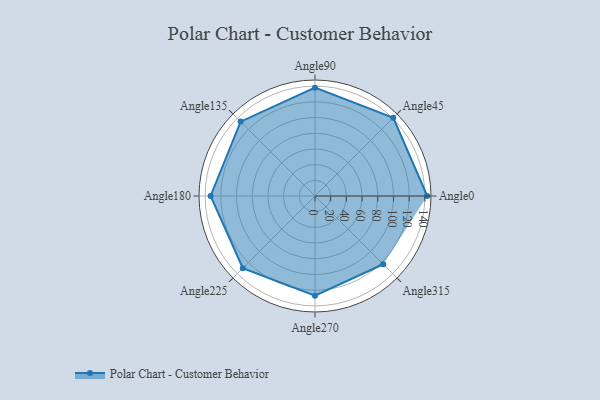
{"axis": {"x": "Angle", "y": "Radius"}, "legend": [""], "data": [{"x": "Angle0", "y": 143.0, "type": ""}, {"x": "Angle45", "y": 141.0, "type": ""}, {"x": "Angle90", "y": 138.0, "type": ""}, {"x": "Angle135", "y": 134.0, "type": ""}, {"x": "Angle180", "y": 133.0, "type": ""}, {"x": "Angle225", "y": 130.0, "type": ""}, {"x": "Angle270", "y": 127.0, "type": ""}, {"x": "Angle315", "y": 123.0, "type": ""}]}